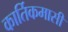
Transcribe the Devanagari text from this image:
कार्तिकमासीं